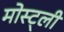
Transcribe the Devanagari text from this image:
मोस्ट्ली